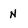
Character: n